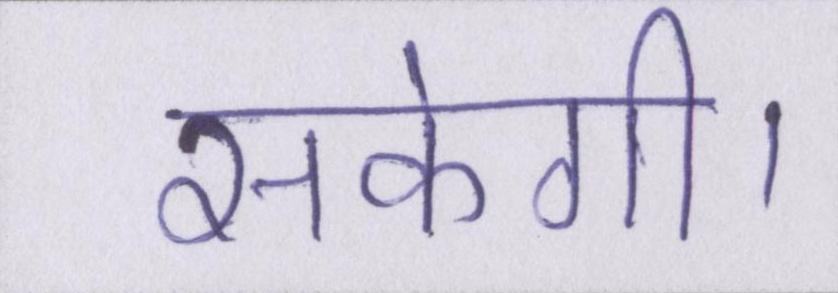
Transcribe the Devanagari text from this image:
सकेगी।